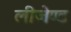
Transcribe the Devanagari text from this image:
लीजेण्ड